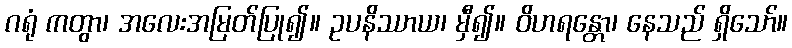
ဂရုံ ကတွာ၊ အလေးအမြတ်ပြု၍။ ဥပနိဿာယ၊ မှီ၍။ ဝိဟရန္တော၊ နေသည် ရှိသော်။